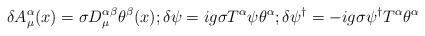
\begin{align*}\delta A_{\mu }^{\alpha }(x)=\sigma D_{\mu }^{\alpha \beta }\theta ^{\beta }(x);\delta \psi =ig\sigma T^{\alpha }\psi \theta ^{\alpha };\delta \psi ^{\dagger }=-ig\sigma \psi ^{\dagger }T^{\alpha }\theta ^{\alpha }\end{align*}